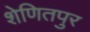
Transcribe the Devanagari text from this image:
शेणितपुर